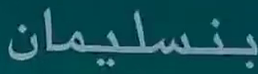
بنسلیمان